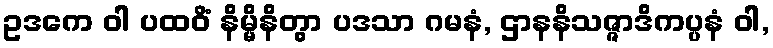
ဥဒကေ ဝါ ပထဝိံ နိမ္မိနိတွာ ပဒသာ ဂမနံ, ဌာနနိသဇ္ဇာဒိကပ္ပနံ ဝါ,